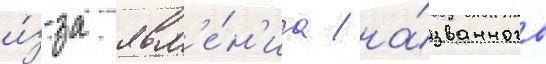
и́з-за явл'е́н'иа / на́званного